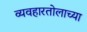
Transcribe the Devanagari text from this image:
व्यवहारतोलाच्या